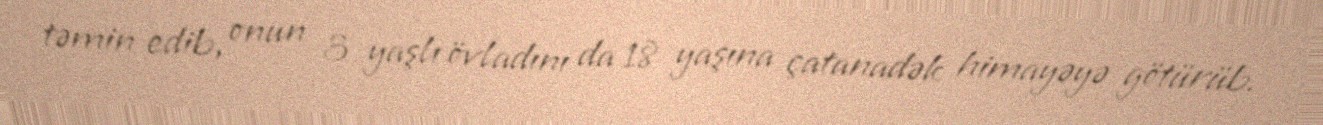
təmin edib, onun 3 yaşlı övladını da 18 yaşına çatanadək himayəyə götürüb.